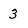
Character: 3